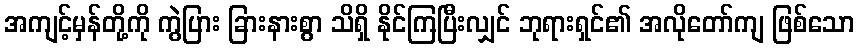
အကျင့်မှန်တို့ကို ကွဲပြား ခြားနားစွာ သိရှိ နိုင်ကြပြီးလျှင် ဘုရားရှင်၏ အလိုတော်ကျ ဖြစ်သော